Report on vaccination in Madras 1895-1903 - 1895-1903
Year: 1895
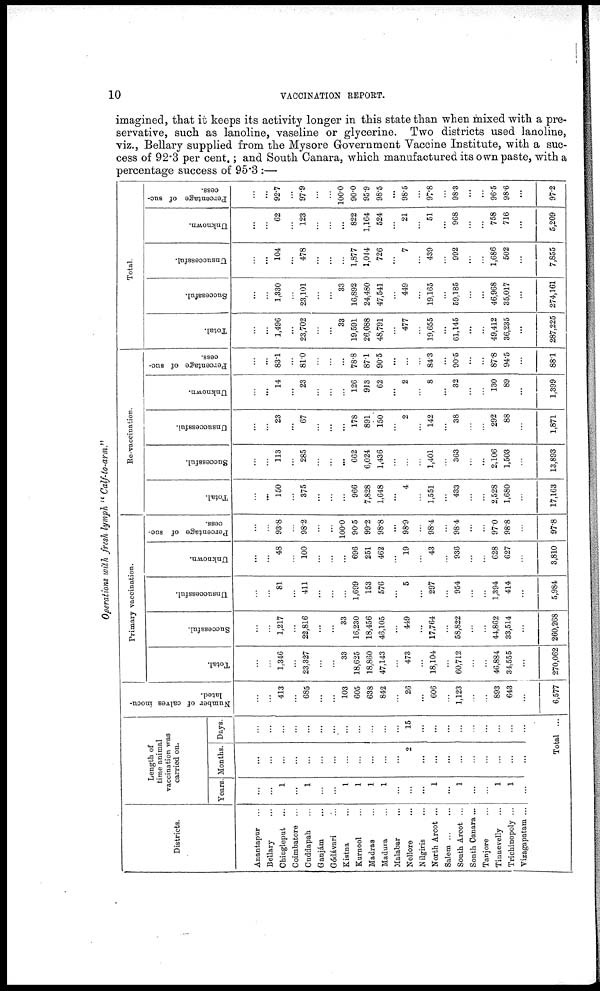
10
VACCINATION REPORT.
imagined, that it keeps its activity longer in this state than when mixed with a pre-
servative, such as lanoline, vaseline or glycerine. Two districts used lanoline,
viz., Bellary supplied from the Mysore Government Vaccine Institute, with a suc-
cess of 92.3 per cent.; and South Canara, which manufactured its own paste, with a
percentage success of 95.3 :—
Operations with fresh lymph " Calf-to-arm."
Districts.
Anantapur...
Bellary...
Chingleput...
Coimbatore...
Cuddapah...
Ganjám...
Gódávari...
Kistna...
Kurnool...
Madras...
Madura...
Malabar...
Nellore...
Nilgiris...
North Arcot...
Salem...
...
South Arcot...
South Canara...
Tanjore...
Tinnevelly...
Trichinopoly...
Vizagapatam ...
Length of
time animal
vaccination was
carried on.
Years.
...
...
1
...
1
...
...
1
1
1
1
...
...
...
1
...
1
...
...
1
1
...
Months.
...
...
...
...
...
...
...
...
...
...
...
...
2
...
...
...
...
...
...
...
...
...
Days.
...
...
...
...
...
...
...
...
...
...
...
...
15
...
...
...
...
...
...
...
...
...
Total ...
Number of calves inocu-
lated.
...
...
413
...
685
...
...
103
605
638
842
...
26
...
606
...
1,123
...
...
893
643
...
6,577
Primary vaccination.
Total.
...
...
1,346
...
23,327
...
...
33
18,625
18,860
47,143
...
473
...
18,104
...
60,712
...
...
46,884
34,555
...
270,062
Successful.
...
...
1,217
...
22,816
...
...
33
16,230
18,456
46,105
...
449
...
17,764
...
58,822
...
...
44,862
33,514
...
260,268
Unsuccessful.
...
...
81
...
411
...
...
...
1,699
153
576
...
5
...
297
...
954
...
...
1,394
414
...
5,984
Unknown.
...
...
48
...
100
...
...
...
696
251
462
...
19
...
43
...
936
...
...
628
627
...
3,810
Percentage of suc-
cess.
...
...
93.8
...
98.2
...
...
100.0
90.5
99.2
98.8
...
98.9
...
98.4
...
98.4
...
...
97.0
98.8
...
97.8
Re-vaccination.
Total.
...
...
150
...
375
...
...
...
966
7,828
1,648
...
4
...
1,551
...
433
...
...
2,528
1,680
...
17,163
Successful.
...
...
113
...
285
...
...
...
662
6,024
1,436
...
...
...
1,401
...
363
...
...
2,106
1,503
...
13,893
Unsuccessful.
...
...
23
...
67
...
...
...
178
891
150
...
2
...
142
...
38
...
...
292
88
...
1,871
Unknown.
...
...
14
...
23
...
...
...
126
913
62
...
2
...
8
...
32
...
...
130
89
...
1,399
Percentage of suc-
cess.
...
...
83.1
...
81.0
...
...
...
78.8
87.1
90.5
...
...
...
84.3
...
90.5
...
...
87.8
94.5
...
88.1
Total.
Total.
...
...
1,496
...
23,702
...
...
33
19,591
26,688
48,791
...
477
...
19,655
...
61,145
...
...
49,412
36,235
...
287,225
Successful.
...
...
1,330
...
23,101
...
...
33
16,892
24,480
47,541
...
449
...
19,165
...
59,185
...
...
46,968
35,017
...
274,161
Unsuccessful.
...
...
104
...
478
...
...
...
1,877
1,044
726
...
7
...
439
...
992
...
...
1,686
502
...
7,855
Unknown.
...
...
62
...
123
...
...
...
822
1,164
524
...
21
...
51
...
968
...
...
758
716
...
5,209
Percentage of suc-
cess.
...
...
92.7
...
97.9
...
...
100.0
90.0
95.9
98.5
...
98.5
...
97.8
...
98.3
...
...
96.5
98.6
...
97.2